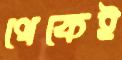
থেকেই